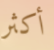
أكثر